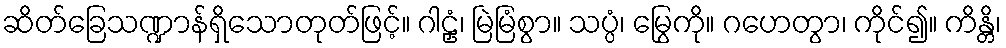
ဆိတ်ခြေသဏ္ဍာန်ရှိသောတုတ်ဖြင့်။ ဂါဠှံ၊ မြဲမြံစွာ။ သပ္ပံ၊ မြွေကို။ ဂဟေတွာ၊ ကိုင်၍။ ကိန္တိ၊